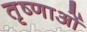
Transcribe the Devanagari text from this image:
तृष्णाओं